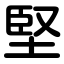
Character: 堅